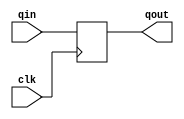
`timescale 1ns / 1ps
//////////////////////////////////////////////////////////////////////////////////
// Company: 
// Engineer: 
// 
// Design Name: 
// Module Name:    D_FF 
// Project Name: 
// Target Devices: 
// Tool versions: 
// Description: 
//
// Dependencies: 
//
// Revision: 
// Revision 0.01 - File Created
// Additional Comments: 
//
//////////////////////////////////////////////////////////////////////////////////
module D_FF(
	input clk,
	input qin,
	output reg qout
    );
	 
	 /**
	 * Creating a D-FlipFlop by data flow design.
	 *
	 */
	always @ ( posedge clk ) begin
		qout <= qin;
	end
	

endmodule